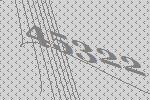
45322